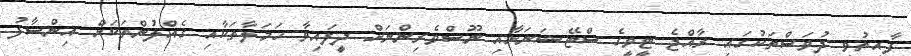
ފާއިތުވި ދުވަސްތަކުގައި ރާއްޖެ ޓީވީގެ ސްޓޭޝަނަށާއި ނޫސްވެރިންނަށް ދީފައިވާ ހަމަލާތަކާއި ގެއްލުންތަކަށް އިންސާފު